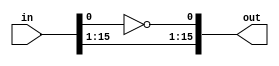
/*
   This file was generated automatically by the Mojo IDE version B1.3.6.
   Do not edit this file directly. Instead edit the original Lucid source.
   This is a temporary file and any changes made to it will be destroyed.
*/

module alu_error_2 (
    input [15:0] in,
    output reg [15:0] out
  );
  
  
  
  always @* begin
    out[1+14-:15] = in[1+14-:15];
    out[0+0-:1] = ~in[0+0-:1];
  end
endmodule